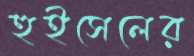
হুইসেলের